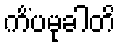
ကိံပမုခါတိ